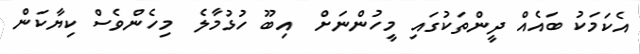
އެކަމަކު ބައެއް ދީންތަކުގައި މީހުންނަށް  އިބޫ ހުޅުމާލެ  މިހެންވެސް ކިޔާކަން